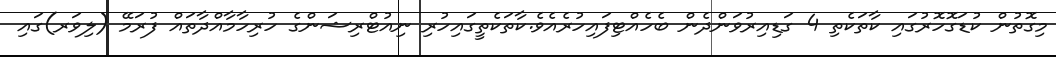
މިގޮތުން ކުޑަގޮހޮރުގައި ކާތަކެތި 4 ގަޑިއިރުވަންދެން ބެހެއްޓިފައިހުރެއެވެ.ކާތަކެތީގައިހުރި ނިއުޓްރިޝަންގެ ހުރިހާމާއްދާތައް ފުރަމޭ (ލިވަރ)ގައި